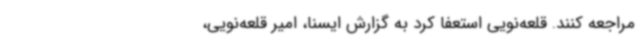
مراجعه کنند. قلعه‌نویی استعفا کرد به گزارش ایسنا، امیر قلعه‌نویی،